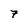
Character: 7